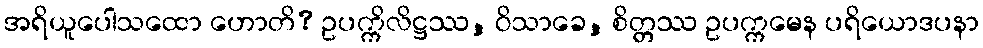
အရိယူပေါသထော ဟောတိ? ဥပက္ကိလိဋ္ဌဿ, ဝိသာခေ, စိတ္တဿ ဥပက္ကမေန ပရိယောဒပနာ